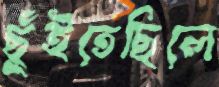
ছুঁইতেছিলে